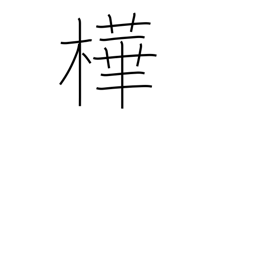
Meaning: dark red